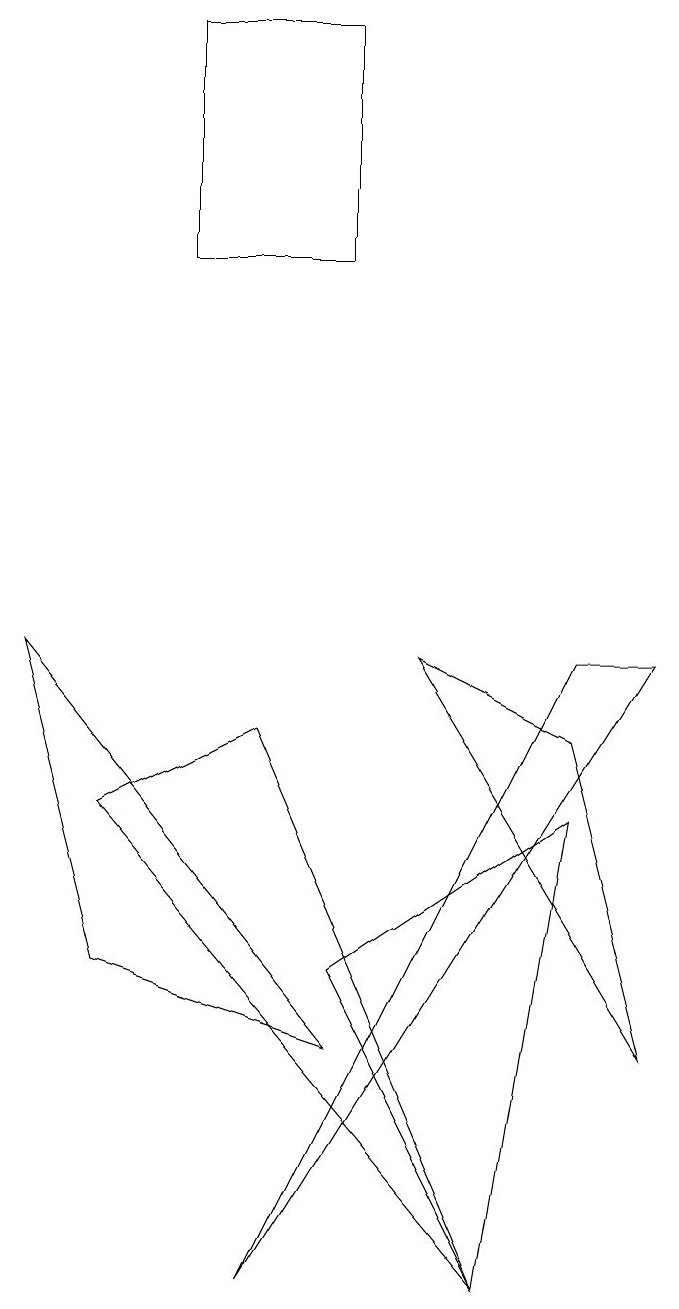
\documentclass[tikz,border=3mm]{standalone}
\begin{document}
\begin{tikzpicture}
\draw (5,16) rectangle (3,13);
\draw (8,8) -- (9,8) -- (4,0) -- cycle;
\draw (7,0) -- (5,4) -- (8,6) -- cycle;
\draw (9,3) -- (6,8) -- (8,7) -- cycle;
\draw (7,0) -- (2,6) -- (4,7) -- cycle;
\draw (5,3) -- (1,8) -- (2,4) -- cycle;
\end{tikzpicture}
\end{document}